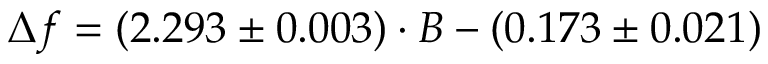
\Delta f = ( 2 . 2 9 3 \pm 0 . 0 0 3 ) \cdot B - ( 0 . 1 7 3 \pm 0 . 0 2 1 )